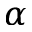
\alpha